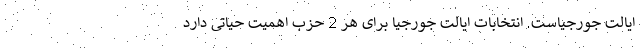
ایالت جورجیاست. انتخابات ایالت جورجیا برای هر 2 حزب اهمیت حیاتی دارد